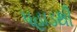
પહાડથી